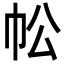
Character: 𢁷